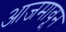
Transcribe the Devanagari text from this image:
आजमावून